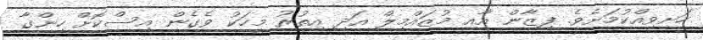
ހަށިވިއްކުމަށެވެ. ފިޒާން އާއި މުޒައްމިލް އަދި އިތުރު މީހަކު ވެގެން އިސްކޮށް ހިންގާ